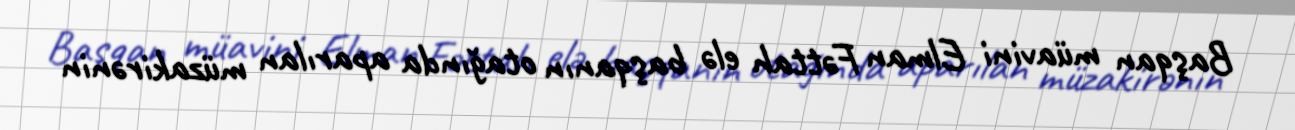
Başqan müavini Elman Fəttah elə başqanın otağında aparılan müzakirənin